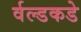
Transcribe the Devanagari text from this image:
र्वल्डकडे